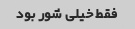
فقط خیلی شور بود